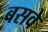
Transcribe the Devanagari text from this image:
बसवे